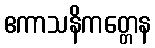
ဧကာသနိကတ္တေန